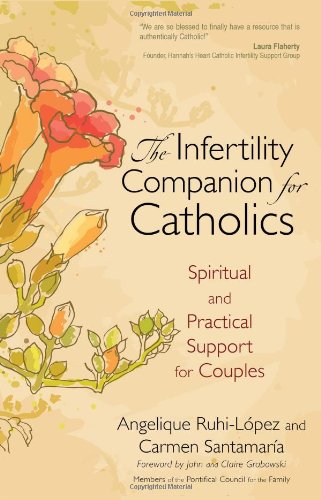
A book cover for The Infertility Companion for Catholics: Spiritual and Practical Support for Couples; Carmen Santamaria; Parenting & Relationships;